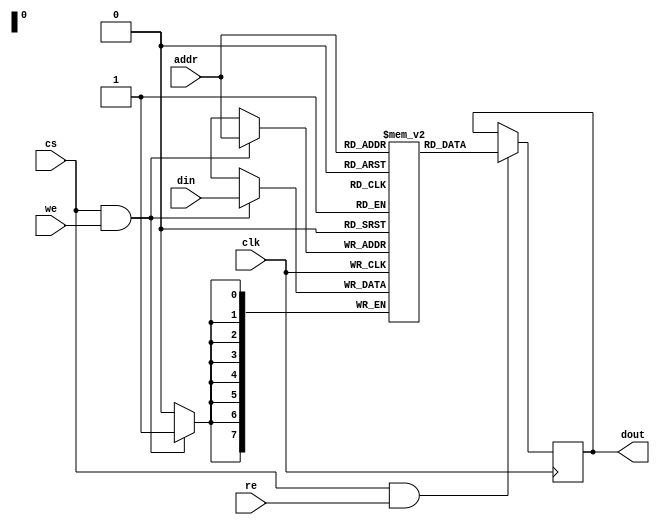
module SRAM #(
    parameter ADDR_WIDTH = 8,  // Number of address bits
    parameter DATA_WIDTH = 8,   // Number of data bits per word
    parameter DEPTH = 1 << ADDR_WIDTH  // Total number of words
)(
    input wire clk,                // Clock signal
    input wire cs,                 // Chip Select
    input wire we,                 // Write Enable
    input wire re,                 // Read Enable
    input wire [ADDR_WIDTH-1:0] addr,  // Address input
    input wire [DATA_WIDTH-1:0] din,    // Data input
    output reg [DATA_WIDTH-1:0] dout    // Data output
);

    // Memory array declaration
    reg [DATA_WIDTH-1:0] memory [0:DEPTH-1];

    // Write operation
    always @(posedge clk) begin
        if (cs && we) begin
            memory[addr] <= din;  // Write data into memory
        end
    end

    // Read operation
    always @(negedge clk) begin
        if (cs && re) begin
            dout <= memory[addr];  // Read data from memory
        end
    end

    // Power management and retention mode can be added here as needed

endmodule